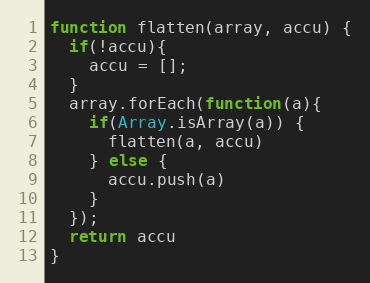
Language: JavaScript
function flatten(array, accu) {
  if(!accu){
    accu = [];
  }
  array.forEach(function(a){
    if(Array.isArray(a)) {
      flatten(a, accu)
    } else {
      accu.push(a)
    }
  });
  return accu
}